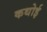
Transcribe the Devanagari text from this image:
कथोई